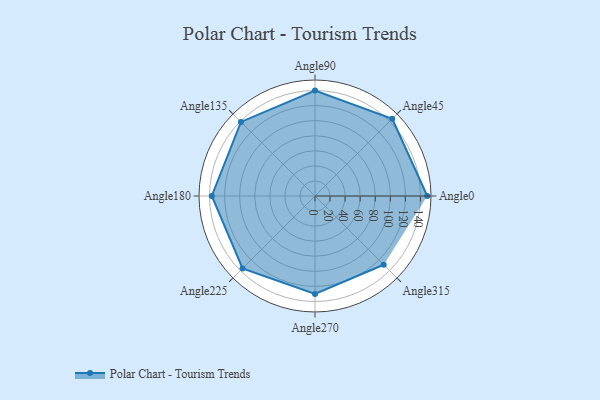
{"axis": {"x": "Angle", "y": "Radius"}, "legend": [""], "data": [{"x": "Angle0", "y": 149.0, "type": ""}, {"x": "Angle45", "y": 145.0, "type": ""}, {"x": "Angle90", "y": 140.0, "type": ""}, {"x": "Angle135", "y": 139.0, "type": ""}, {"x": "Angle180", "y": 137.0, "type": ""}, {"x": "Angle225", "y": 136.0, "type": ""}, {"x": "Angle270", "y": 130.0, "type": ""}, {"x": "Angle315", "y": 129.0, "type": ""}]}